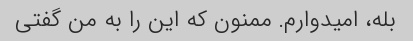
بله، امیدوارم. ممنون که این را به من گفتی